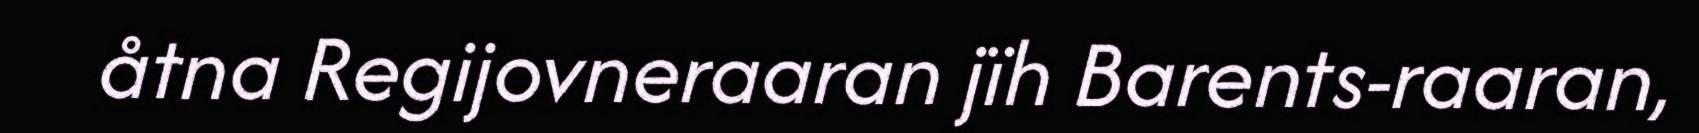
åtna Regijovneraaran jïh Barents-raaran,